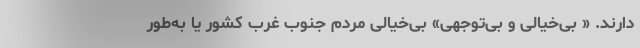
دارند. « بی‌خیالی و بی‌توجهی» بی‌خیالی مردم جنوب غرب کشور یا به‌طور